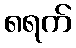
၈ရက်